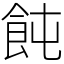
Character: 飩